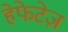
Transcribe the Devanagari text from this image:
हेफेटेज़